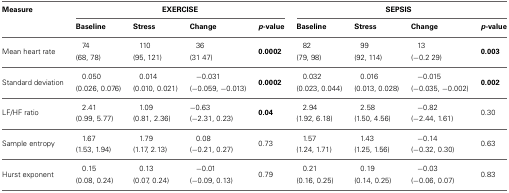
<table><thead><tr><td><b>Measure</b></td><td colspan="4"><b>EXERCISE</b></td><td colspan="4"><b>SEPSIS</b></td></tr><tr><td></td><td><b>Baseline</b></td><td><b>Stress</b></td><td><b>Change</b></td><td><b><i>p</i>-value</b></td><td><b>Baseline</b></td><td><b>Stress</b></td><td><b>Change</b></td><td><b><i>p</i>-value</b></td></tr></thead><tbody><tr><td rowspan="2">Mean heart rate</td><td>74</td><td>110</td><td>36</td><td rowspan="2"><b>0.0002</b></td><td>82</td><td>99</td><td>13</td><td rowspan="2"><b>0.003</b></td></tr><tr><td>(68, 78)</td><td>(95, 121)</td><td>(31 47)</td><td>(79, 98)</td><td>(92, 114)</td><td>(−0.2 29)</td><td></td></tr><tr><td rowspan="2">Standard deviation</td><td>0.050</td><td>0.014</td><td>−0.031</td><td rowspan="2"><b>0.0002</b></td><td>0.032</td><td>0.016</td><td>−0.015</td><td rowspan="2"><b>0.002</b></td></tr><tr><td>(0.026, 0.076)</td><td>(0.010, 0.021)</td><td>(−0.059, −0.013)</td><td>(0.023, 0.044)</td><td>(0.013, 0.028)</td><td>(−0.035, −0.002)</td></tr><tr><td rowspan="2">LF/HF ratio</td><td>2.41</td><td>1.09</td><td>−0.63</td><td rowspan="2"><b>0.04</b></td><td>2.94</td><td>2.58</td><td>−0.82</td><td rowspan="2">0.30</td></tr><tr><td>(0.99, 5.77)</td><td>(0.81, 2.36)</td><td>(−2.31, 0.23)</td><td>(1.92, 6.18)</td><td>(1.50, 4.56)</td><td>(−2.44, 1.61)</td></tr><tr><td rowspan="2">Sample entropy</td><td>1.67</td><td>1.79</td><td>0.08</td><td rowspan="2">0.73</td><td>1.57</td><td>1.43</td><td>−0.14</td><td rowspan="2">0.63</td></tr><tr><td>(1.53, 1.94)</td><td>(1.17, 2.13)</td><td>(−0.21, 0.27)</td><td>(1.24, 1.71)</td><td>(1.25, 1.56)</td><td>(−0.32, 0.30)</td></tr><tr><td rowspan="2">Hurst exponent</td><td>0.15</td><td>0.13</td><td>−0.01</td><td rowspan="2">0.79</td><td>0.21</td><td>0.19</td><td>−0.03</td><td rowspan="2">0.83</td></tr><tr><td>(0.08, 0.24)</td><td>(0.07, 0.24)</td><td>(−0.09, 0.13)</td><td>(0.16, 0.25)</td><td>(0.14, 0.25)</td><td>(−0.06, 0.07)</td><td></td></tr></tbody></table>